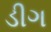
ડીગ